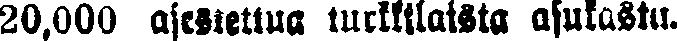
20,000 aseistettua turkkilaista asukasta.